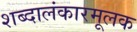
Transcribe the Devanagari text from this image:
शब्दालंकारमूलक